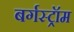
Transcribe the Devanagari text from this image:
बर्गस्ट्रॉम